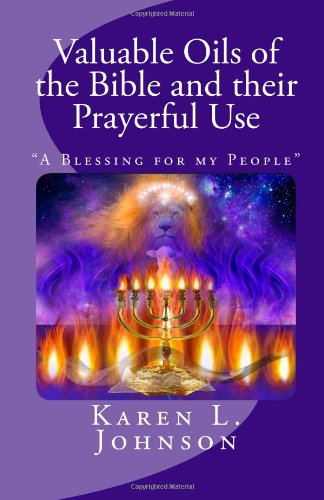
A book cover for Valuable Oils of the Bible and their Prayerful Use: "A Blessing for my People"; Karen Johnson; Christian Books & Bibles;